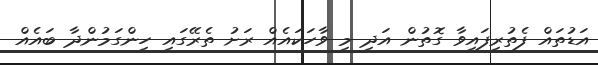
އަޑުތައް ފެތުރިފައިވާ ގޮތުން އަދި މި ވާހަކައެއް ރަށު ތެރޭގައި ހިންގަމުންދާ ބައެއް